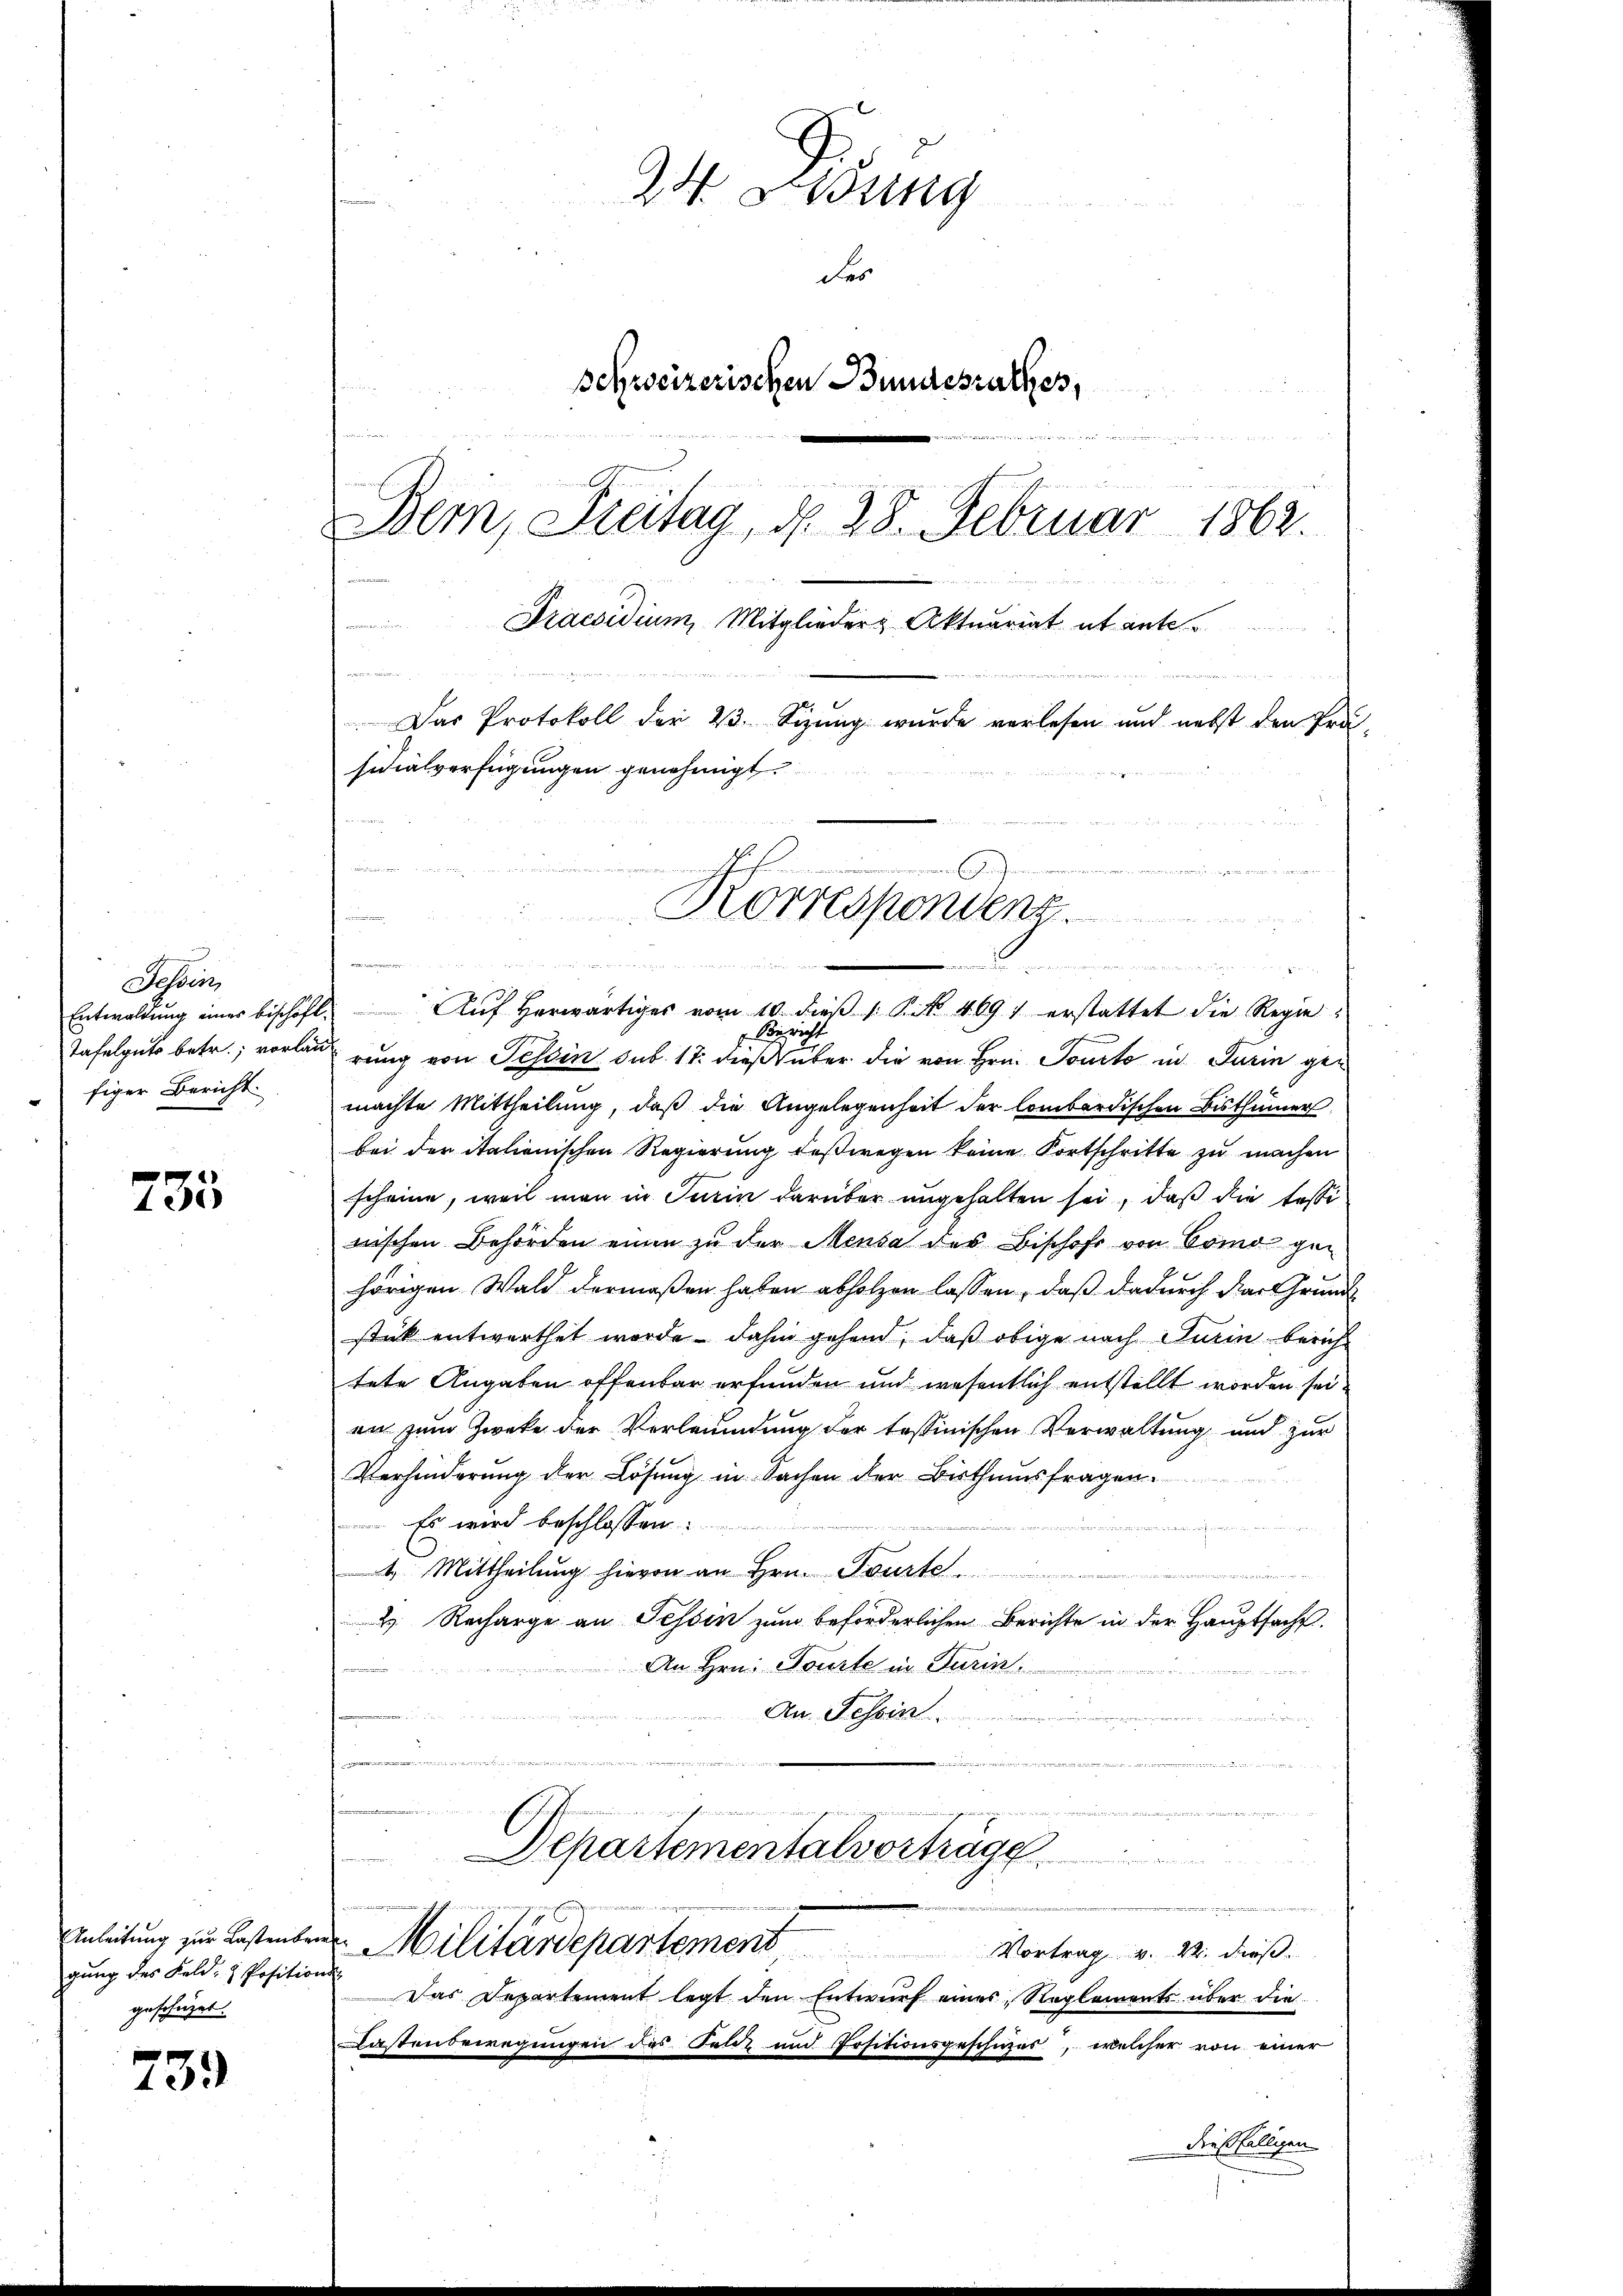
Tessin,
Entwaldung einer bischaft.
figer Bericht

235

Auf herwärtiges vom 10. dieβ : P. NNo. 469) erstattet die Regie¬
Zürich
Tafelguts betr., vorlaurung von Tessin sub. 17. dieß über die von Hrn. Ponto in Turin gemachte Mittheilung, daß die Angelegenheit der lombardischen Bisthümer
bei der italienischen Regierung deßwegen keine Fortschritte zu machen
scheine, weil man in Turin darüber angehalten sei, daß die Tessi
wischen Behörden einen zu der Meusa des Bischofs von Como gehörigen Wald dermaßen haben abholzen lassen, daß dadurch der Grunde
stik entwerthet werde dahin gehend, daß obige nach Turin bericht
tete Angaben offenbar erfunden und wesentlich entstellt worden sei.
en zum Zwecke der Verleumdung der tessinischen Verwaltung und zur
Verhinderung der Lösung in Sachen der Bisthumsfragen.
Es wird beschlossen:

4. Mittheilung hievon an Hrn. Tourte
. Recharge an Tessin zum beförderlichen Berichte in der Hauptsacht.
An Hrn. Tourte in Turin
en und
An Tessin
u
.
u
 hat der den an den der
Departementalvorträge

Anleitung zur Bestenten Militärdepartement
Vortrag v. M. dieß
Das Departement legt den Entwurf eines „Reglements über die
Kastenbewegungen des Feliz und Positionsgeschüzes, welcher von einer
dießfälligen

gung des Feld- & Positions-
geschüzet.

739

At Lung
des
schweizerischen Bundesrathes,
 . . . .

n
Bem, Freitag, d. 28. Februar 1862.
Praesidium, Mitglieder Aktuariat et ante
Das Protokoll der 23. Sizung wurde verlesen und nebst den Prä-
sidialverfügungen genehmigt.

e

Korrespondenz.
7
 inne

n